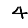
Digit: 4